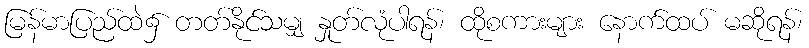
မြန်မာပြည်ထဲ၌ တတ်နိုင်သမျှ နှုတ်လုံပါရန်၊ ထိုစကားများ နောက်ထပ် မဆိုရန်၊